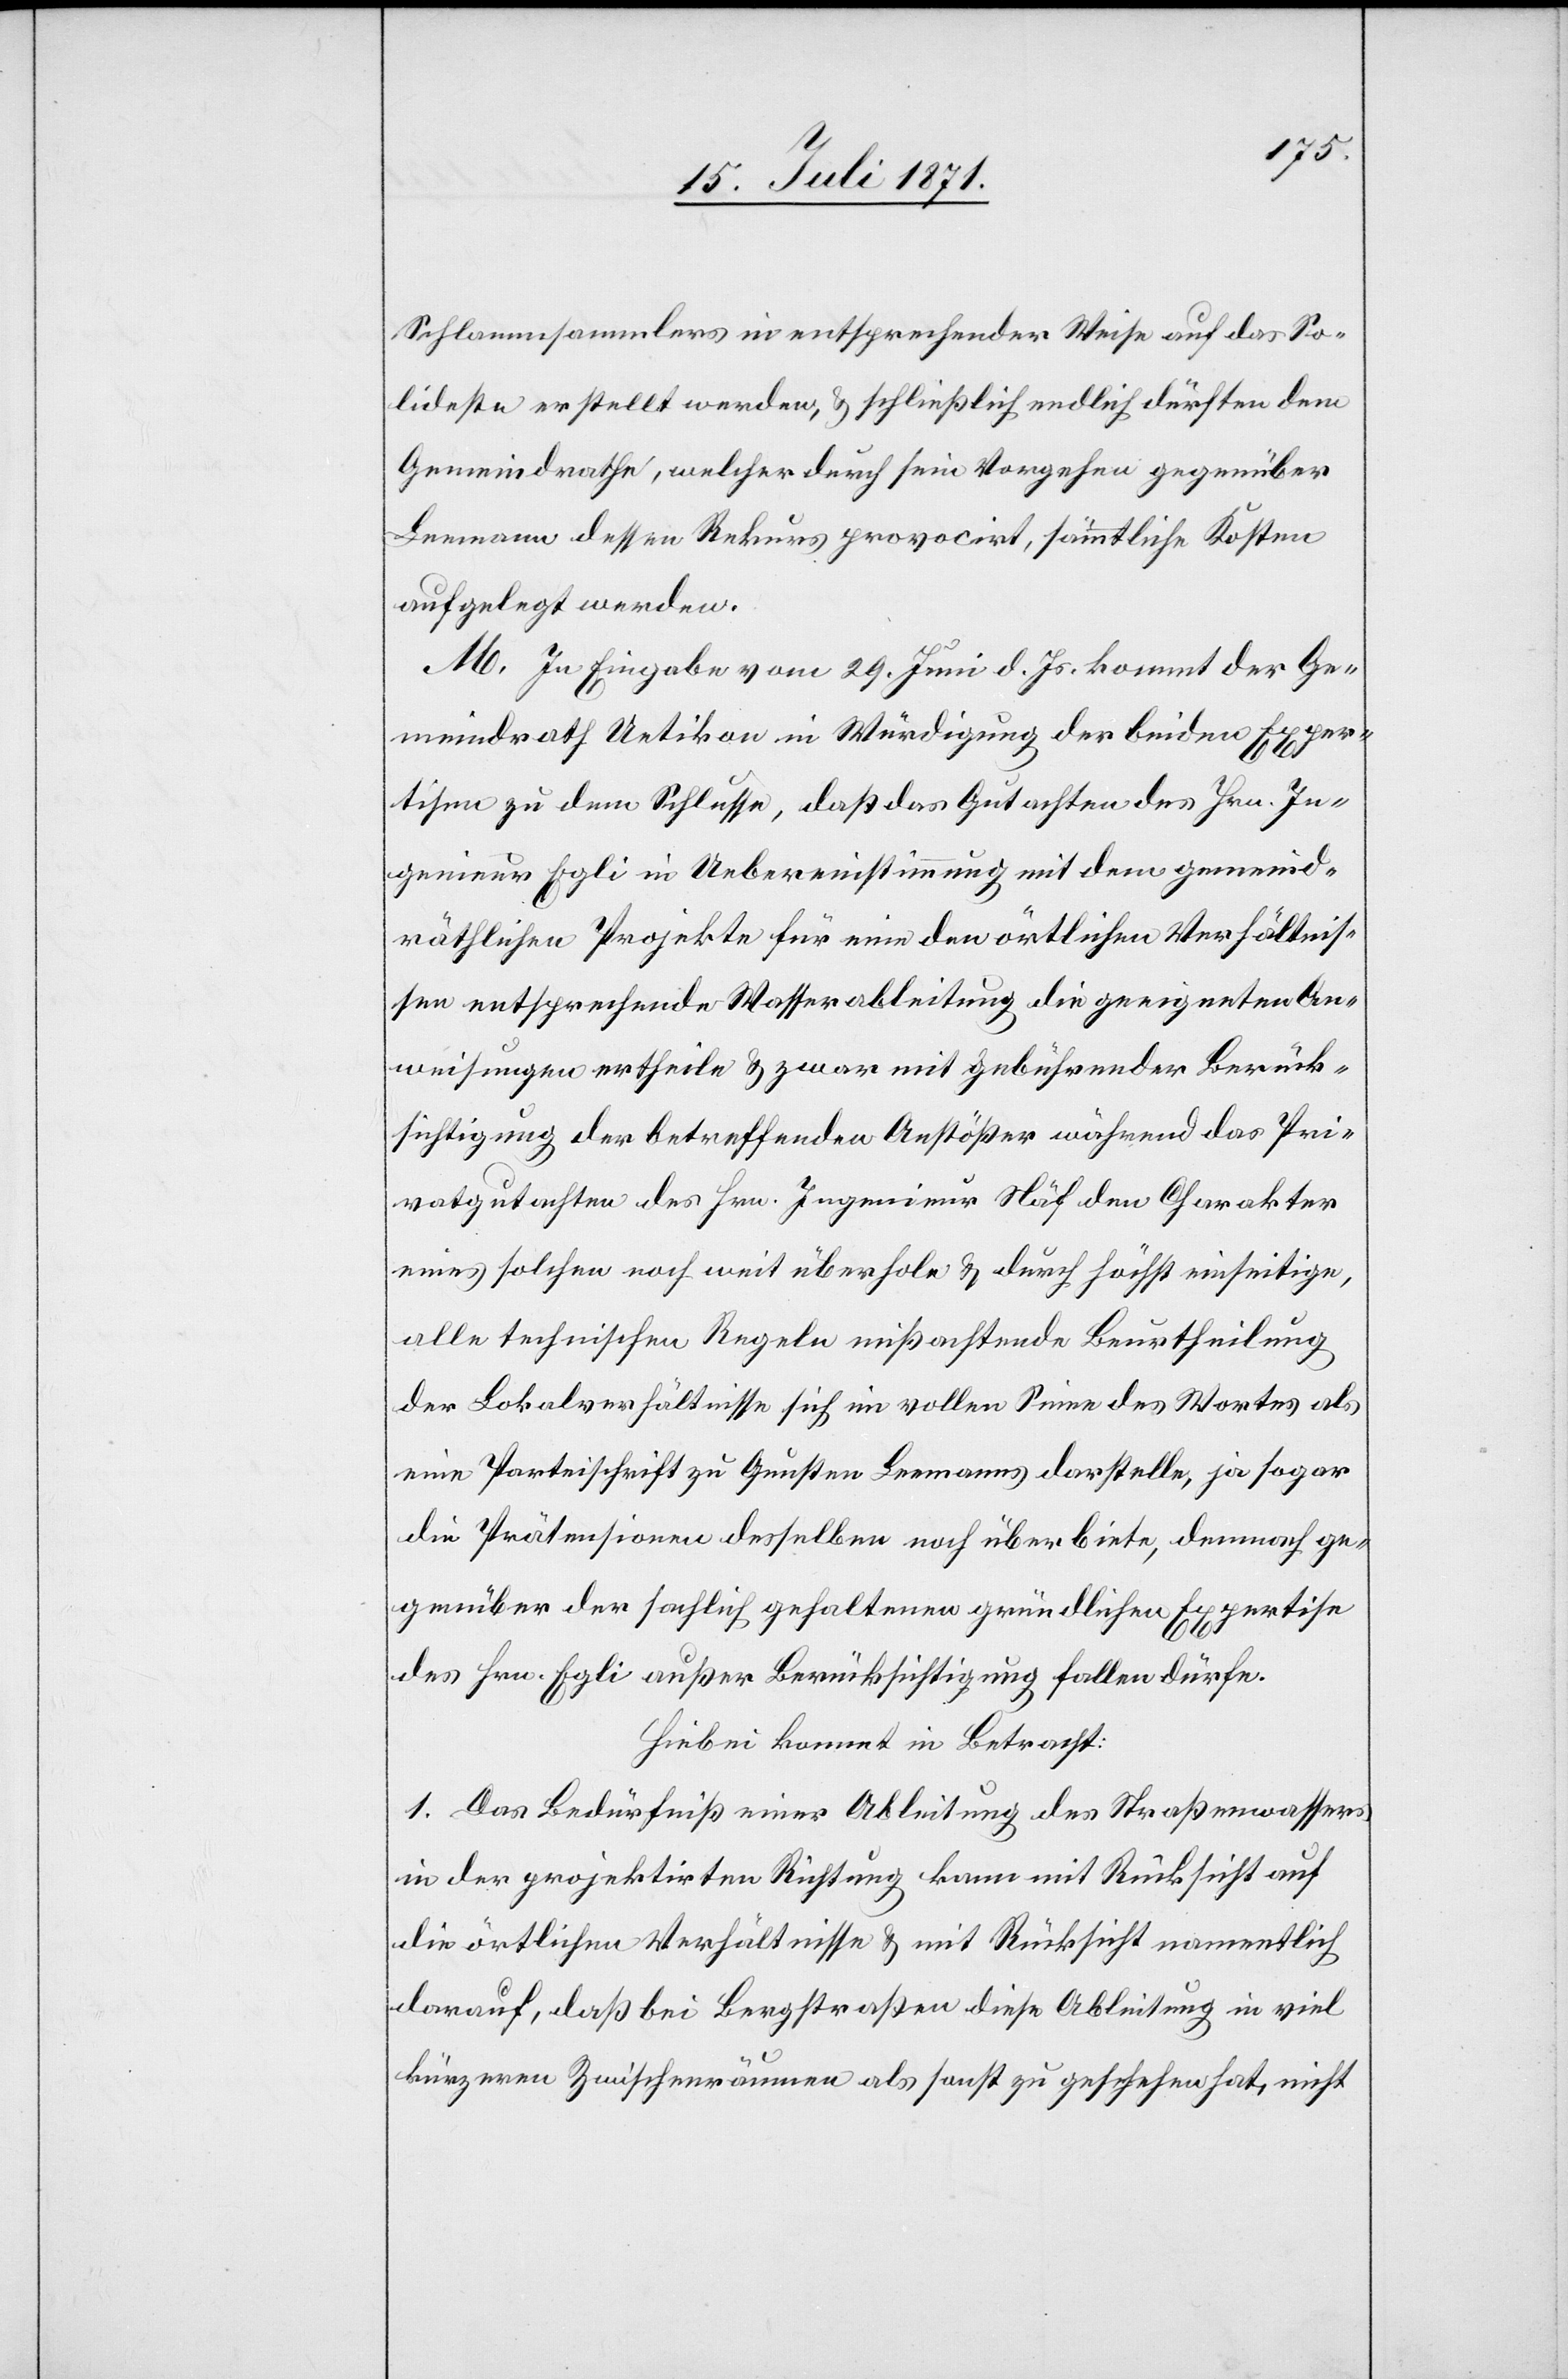
Schlammsammlers [sic!] die entsprechender Weise auf das So¬
lideste erstellt werden, u. schließlich endlich dürften dem
Gemeindrathe, welcher durch sein Vorgehen gegenüber
Leemann dessen Rekurs provocirt, sämmtliche Kosten
aufgelegt werden.
M. In Eingabe vom 29. Juni d. Js. kommt der Ge¬
meindrath Uetikon in Würdigung der beiden Exper¬
tisen zu dem Schlusse, daß das Gutachten des Hrn. In¬
genieur Egli in Uebereinstimmung mit dem gemeind¬
räthlichen Projekte für eine den örtlichen Verhältnis¬
sen entsprechende Wasserableitung die geeigneten An¬
weisungen ertheile u. zwar mit gebührender Berück¬
sichtigung der betreffenden Anstößer während das Pri¬
vatgutachten des Hrn. Ingenieur Näf den Charakter
eines solchen noch weit überhole u. durch höchst einseitige,
alle technischen Regeln mißachtende Beurtheilung
der Lokalverhältnisse sich im vollen Sinne des Wortes als
eine Parteischrift zu Gunsten Leemanns darstelle, ja sogar
die Prätensionen desselben noch überbiete, demnach ge¬
genüber der sachlich gehaltenen gründlichen Expertise
des Hrn. Egli außer Berücksichtigung fallen dürfe.
Hiebei kommt in Betracht:
1. Das Bedürfniß einer Ableitung des Straßenwassers
in der projektirten Richtung kann mit Rücksicht auf
die örtlichen Verhältnisse u. mit Rücksicht namentlich
darauf, daß bei Bergstraßen diese Ableitung in viel
kürzeren Zwischenräumen als sonst zu geschehen hat, nicht